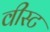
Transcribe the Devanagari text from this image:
वीस्ट